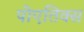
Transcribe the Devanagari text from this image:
पोएतिक्स